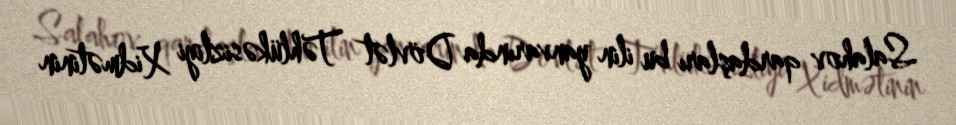
Salahov qardaşları bu ilin yanvarında Dövlət Təhlükəsizliyi Xidmətinin